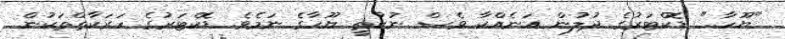
"ޔޫހާ.." ޑޮކްޓަރުގެ ދުލުން އަނެއްކާ ވެސް ނުކުތީ ޔޫހާގެ ނަމެވެ. ޑޮކްޓަރުގެ ހަރަކާތްތަކުން